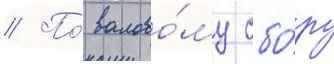
// По́ валово́му сбо́ру